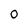
Character: 0